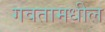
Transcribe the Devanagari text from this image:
गवतामधील